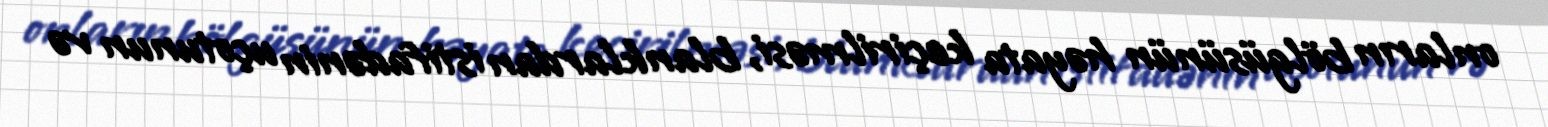
onların bölgüsünün həyata keçirilməsi, blanklardan istifadənin uçotunun və